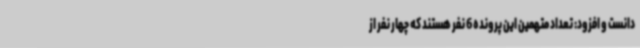
دانست و افزود: تعداد متهمین این پرونده 6 نفر هستند که چهار نفر از